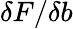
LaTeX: \delta F/\delta b